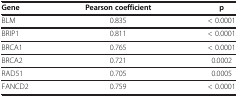
| Gene | Pearson coefficient | p |
 | --- | --- | --- |
 | BLM | 0.835 | < 0.0001 |
 | BRIP1 | 0.811 | < 0.0001 |
 | BRCA1 | 0.765 | < 0.0001 |
 | BRCA2 | 0.721 | 0.0002 |
 | RAD51 | 0.705 | 0.0005 |
 | FANCD2 | 0.759 | < 0.0001 |